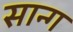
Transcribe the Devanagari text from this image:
सान्ग